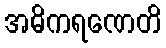
အဓိကရဏေတိ